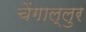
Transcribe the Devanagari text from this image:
चेंगाल्लुर